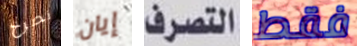
نصرخ إيان التصرف فقط